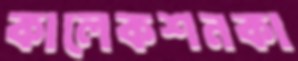
কালেকশনকা